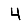
Digit: 4